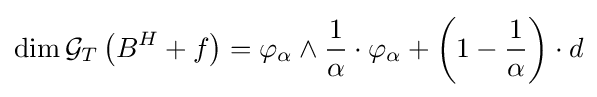
\dim {\mathcal {G}}_{T}\left(B^{H}+f\right)=\varphi _{\alpha }\wedge {\frac {1}{\alpha }}\cdot \varphi _{\alpha }+\left(1-{\frac {1}{\alpha }}\right)\cdot d